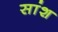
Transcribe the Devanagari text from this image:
सांश